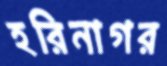
হরিনাগর